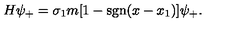
H \psi _ { + } = \sigma _ { 1 } m [ 1 - \mathrm { s g n } ( x - x _ { 1 } ) ] \psi _ { + } .